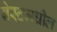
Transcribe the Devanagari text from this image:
बेस्टमधील